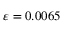
\varepsilon = 0 . 0 0 6 5